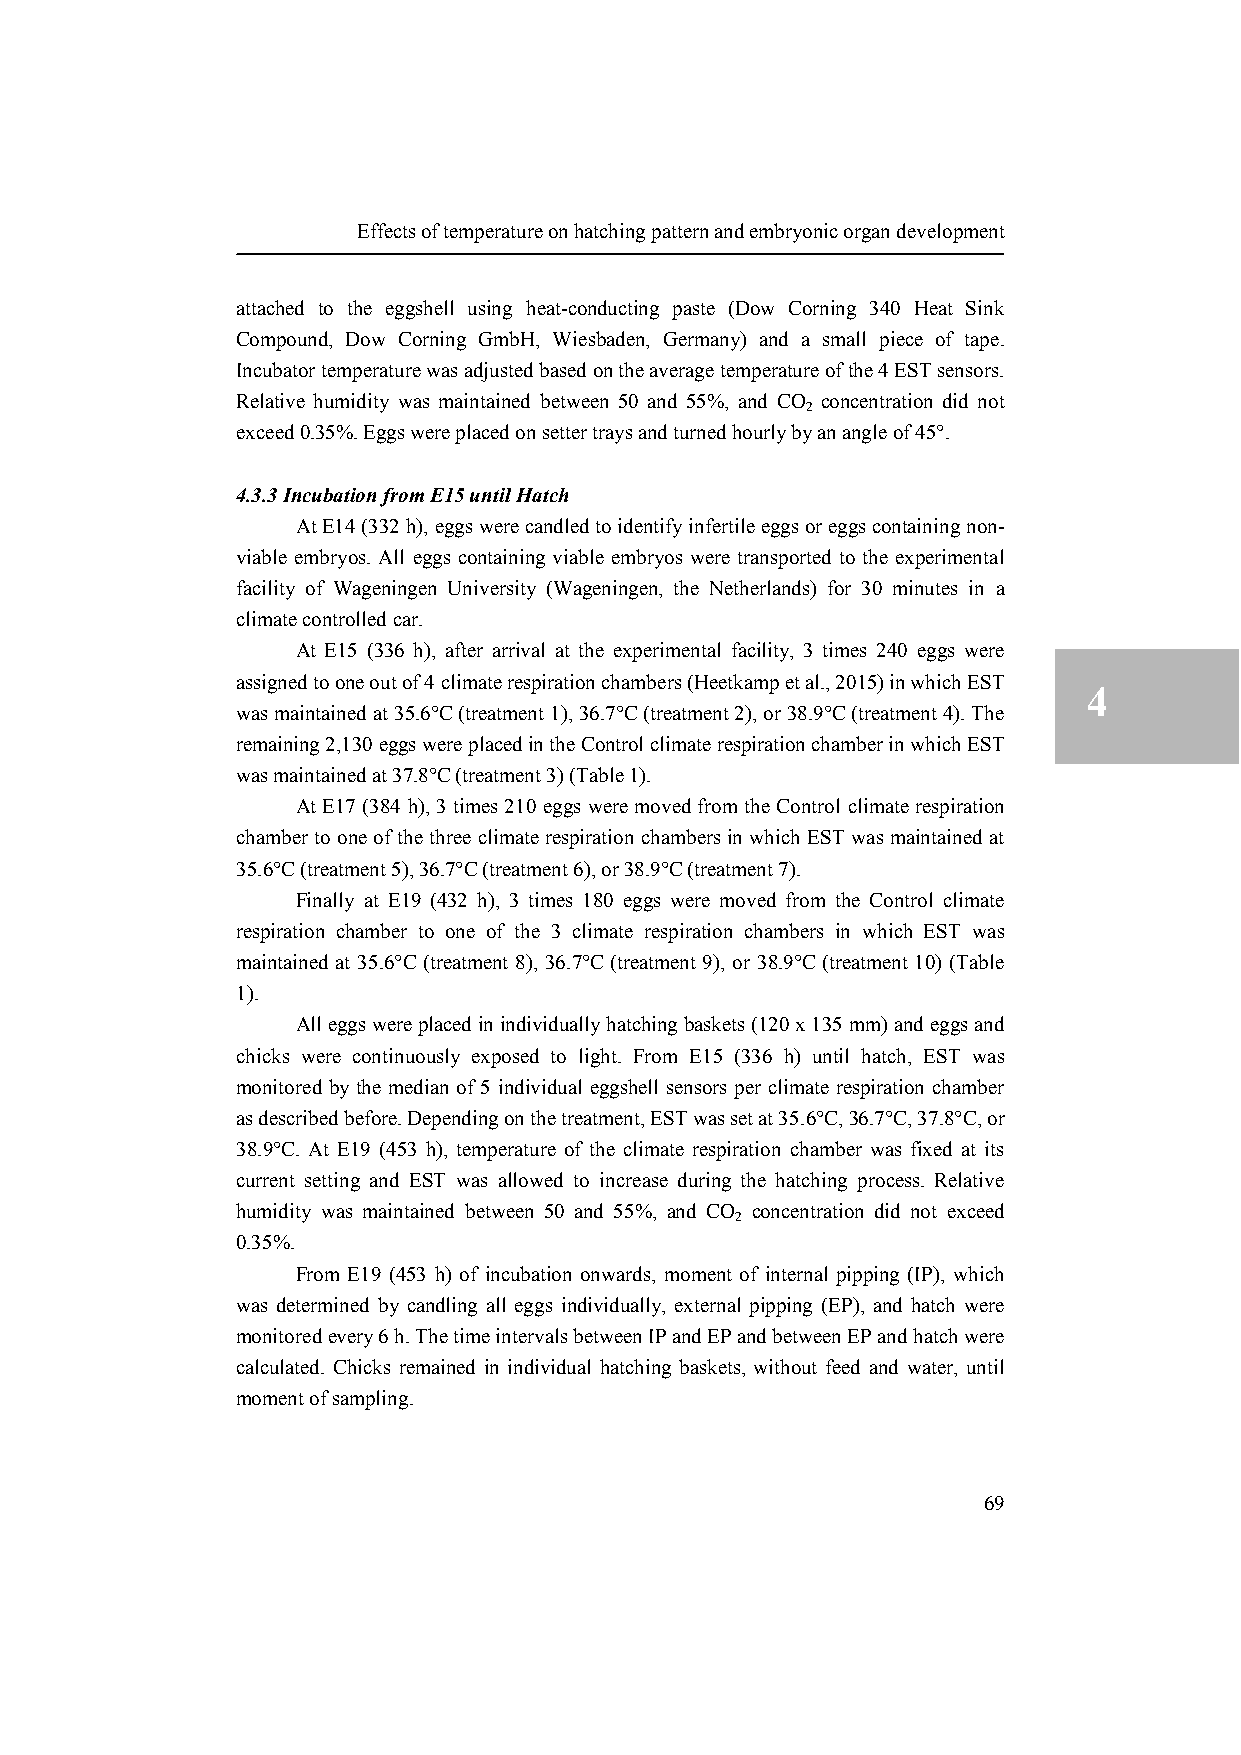
Effects of temperature on hatching pattern and embryonic organ development
 attached to the eggshell using heat-conducting paste (Dow Corning 340 Heat Sink
 Compound, Dow Corning GmbH, Wiesbaden, Germany) and a small piece of tape.
 4
 Incubator temperature was adjusted based on the average temperature of the 4 EST sensors.
 Relative humidity was maintained between 50 and 55%, and CO concentration did not
 2
 exceed 0.35%. Eggs were placed on setter trays and turned hourly by an angle of 45°.
 4.3.3 Incubation from E15 until Hatch
 At E14 (332 h), eggs were candled to identify infertile eggs or eggs containing non-
 viable embryos. All eggs containing viable embryos were transported to the experimental
 facility of Wageningen University (Wageningen, the Netherlands) for 30 minutes in a
 climate controlled car.
 At E15 (336 h), after arrival at the experimental facility, 3 times 240 eggs were
 assigned to one out of 4 climate respiration chambers (Heetkamp et al., 2015) in which EST
 4
 was maintained at 35.6°C (treatment 1), 36.7°C (treatment 2), or 38.9°C (treatment 4). The
 remaining 2,130 eggs were placed in the Control climate respiration chamber in which EST
 was maintained at 37.8°C (treatment 3) (Table 1).
 At E17 (384 h), 3 times 210 eggs were moved from the Control climate respiration
 chamber to one of the three climate respiration chambers in which EST was maintained at
 35.6°C (treatment 5), 36.7°C (treatment 6), or 38.9°C (treatment 7).
 Finally at E19 (432 h), 3 times 180 eggs were moved from the Control climate
 respiration chamber to one of the 3 climate respiration chambers in which EST was
 maintained at 35.6°C (treatment 8), 36.7°C (treatment 9), or 38.9°C (treatment 10) (Table
 1).
 All eggs were placed in individually hatching baskets (120 x 135 mm) and eggs and
 chicks were continuously exposed to light. From E15 (336 h) until hatch, EST was
 monitored by the median of 5 individual eggshell sensors per climate respiration chamber
 as described before. Depending on the treatment, EST was set at 35.6°C, 36.7°C, 37.8°C, or
 38.9°C. At E19 (453 h), temperature of the climate respiration chamber was fixed at its
 current setting and EST was allowed to increase during the hatching process. Relative
 humidity was maintained between 50 and 55%, and CO concentration did not exceed
 2
 0.35%.
 From E19 (453 h) of incubation onwards, moment of internal pipping (IP), which
 was determined by candling all eggs individually, external pipping (EP), and hatch were
 monitored every 6 h. The time intervals between IP and EP and between EP and hatch were
 calculated. Chicks remained in individual hatching baskets, without feed and water, until
 moment of sampling.
 69